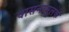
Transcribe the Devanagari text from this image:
वासनामूलक